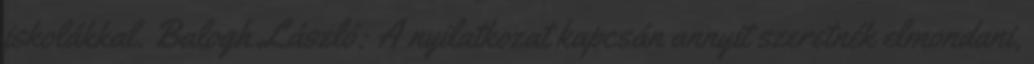
iskolákkal. Balogh László: A nyilatkozat kapcsán annyit szeretnék elmondani,